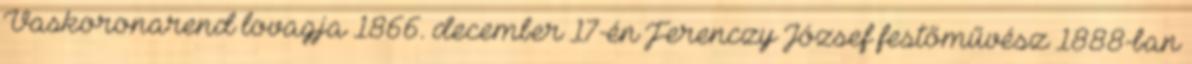
Vaskoronarend lovagja 1866. december 17-én Ferenczy József festőművész 1888-ban